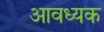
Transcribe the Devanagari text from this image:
आवध्यक